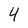
Character: 4